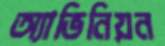
অ্যাভিনিয়ন